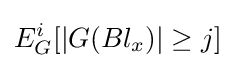
E_{G}^{i}[|G(Bl_{x})|\geq j]